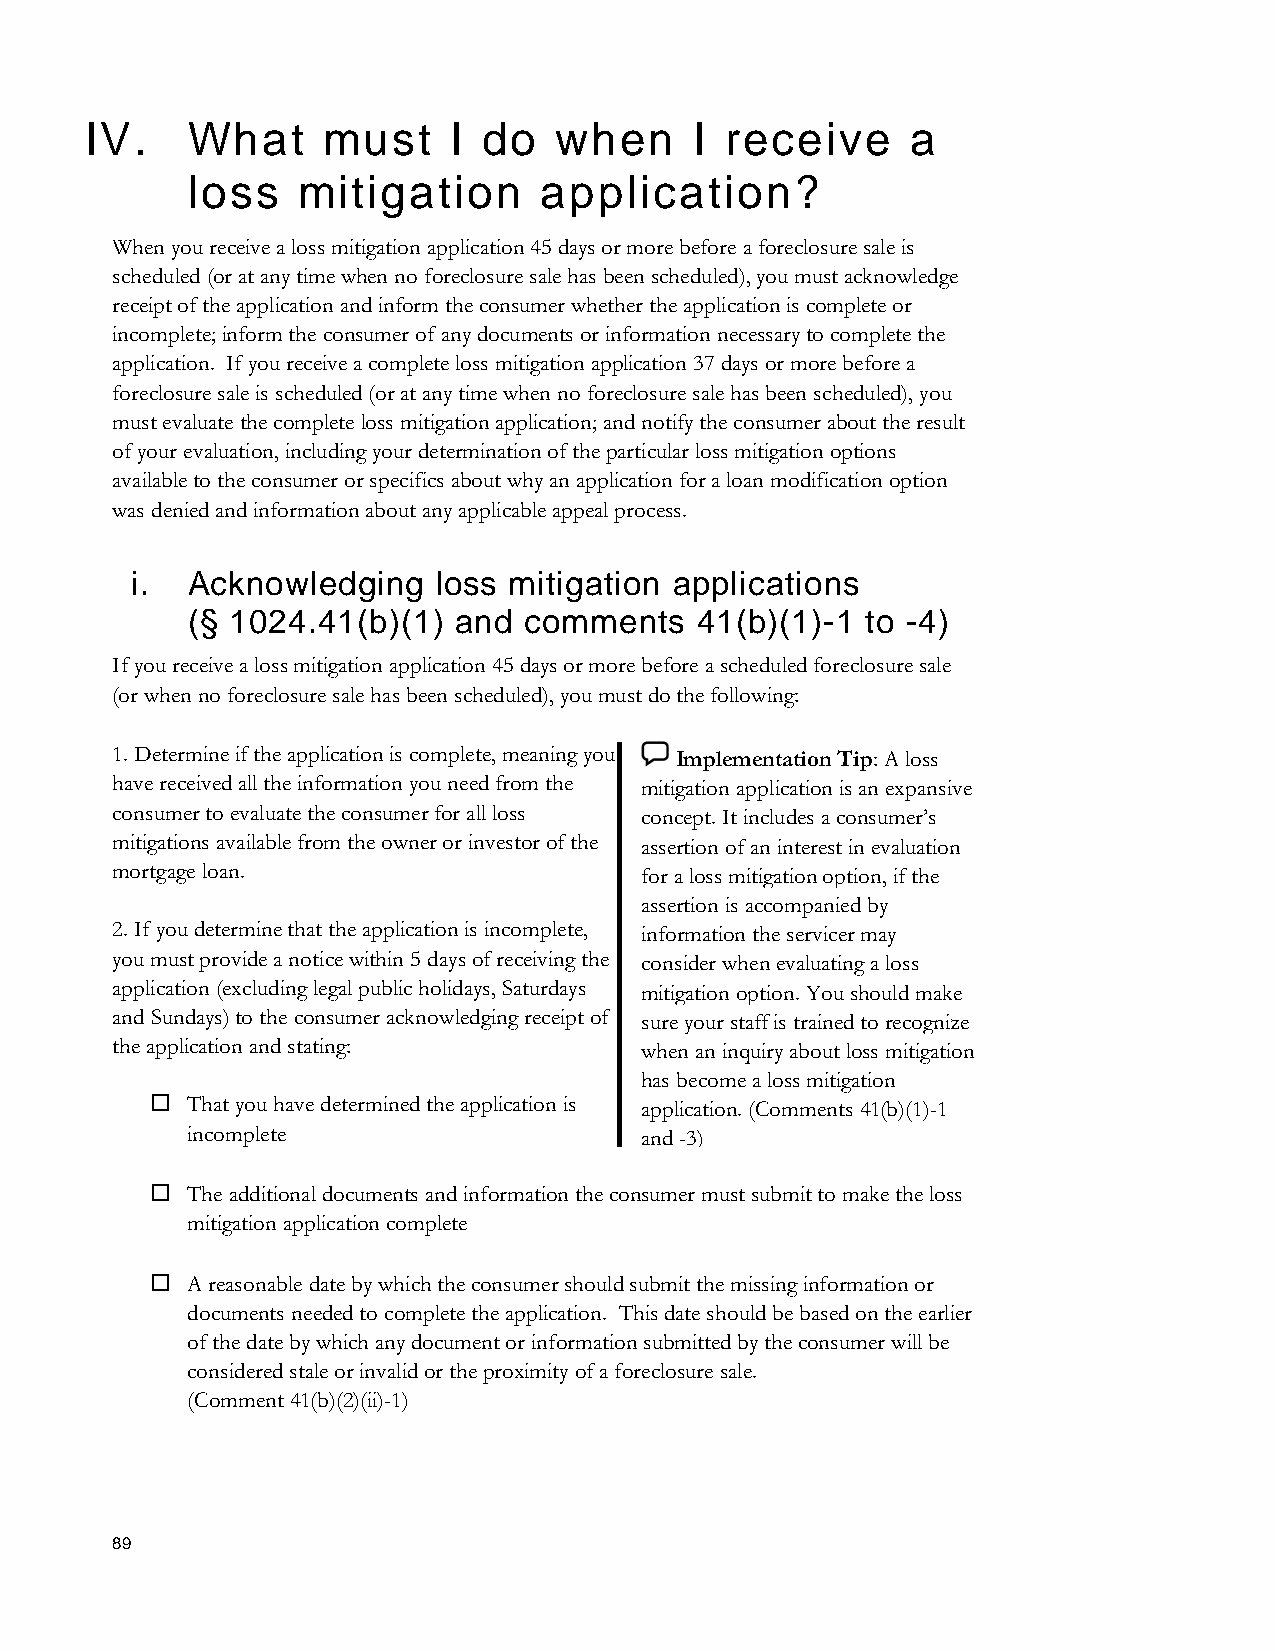
IV.   What     must     I do   when     I receive     a
 loss    mitigation      application?
 When you receive a loss mitigation application 45 days or more before a foreclosure sale is
 scheduled (or at any time when no foreclosure sale has been scheduled), you must acknowledge
 receipt of the application and inform the consumer whether the application is complete or
 incomplete; inform the consumer of any documents or information necessary to complete the
 application. If you receive a complete loss mitigation application 37 days or more before a
 foreclosure sale is scheduled (or at any time when no foreclosure sale has been scheduled), you
 must evaluate the complete loss mitigation application; and notify the consumer about the result
 of your evaluation, including your determination of the particular loss mitigation options
 available to the consumer or specifics about why an application for a loan modification option
 was denied and information about any applicable appeal process.
 i. Acknowledging    loss mitigation applications
 (§ 1024.41(b)(1)  and  comments   41(b)(1)-1 to -4)
 If you receive a loss mitigation application 45 days or more before a scheduled foreclosure sale
 (or when no foreclosure sale has been scheduled), you must do the following:
 1. Determine if the application is complete, meaning you Implementation Tip: A loss
 have received all the information you need from the mitigation application is an expansive
 consumer to evaluate the consumer for all loss concept. It includes a consumer’s
 mitigations available from the owner or investor of the assertion of an interest in evaluation
 mortgage loan.                     for a loss mitigation option, if the
 assertion is accompanied by
 2. If you determine that the application is incomplete, information the servicer may
 you must provide a notice within 5 days of receiving the consider when evaluating a loss
 application (excluding legal public holidays, Saturdays mitigation option. You should make
 and Sundays) to the consumer acknowledging receipt of sure your staff is trained to recognize
 the application and stating:       when an inquiry about loss mitigation
 has become a loss mitigation
  That you have determined the application is application. (Comments 41(b)(1)-1
 incomplete                    and -3)
  The additional documents and information the consumer must submit to make the loss
 mitigation application complete
  A reasonable date by which the consumer should submit the missing information or
 documents needed to complete the application. This date should be based on the earlier
 of the date by which any document or information submitted by the consumer will be
 considered stale or invalid or the proximity of a foreclosure sale.
 (Comment 41(b)(2)(ii)-1)
 89